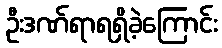
ဦးဒဏ်ရာရရှိခဲ့ကြောင်း